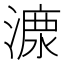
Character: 𣼟